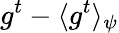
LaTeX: g^{t}-\langle g^{t}\rangle_{\psi}